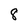
Character: 8